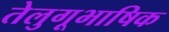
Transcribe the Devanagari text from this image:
तेलुगूभाषिक